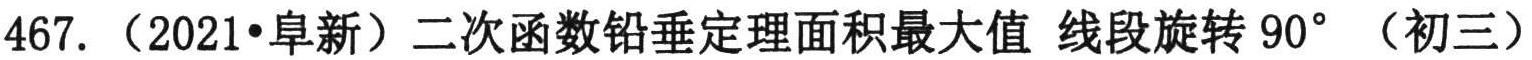
467.（2021•阜新）二次函数铅垂定理面积最大值 线段旋转\(90^{\circ}\)（初三）